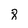
Character: 8